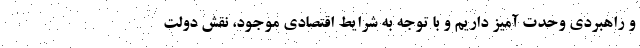
و راهبردی وحدت آمیز داریم و با توجه به شرایط اقتصادی موجود، نقش دولت